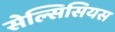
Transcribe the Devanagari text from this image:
सेल्सिसियस